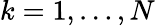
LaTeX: k=1,\dots,N